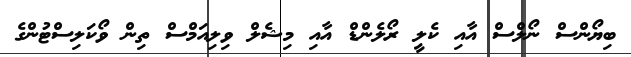
ބިޔޯންސް ނޯލްސް އާއި ކެލީ ރޯލެންޑް އާއި މިޝެލް ވިލިއަމްސް ތިން ވޯކަލިސްޓުންގެ